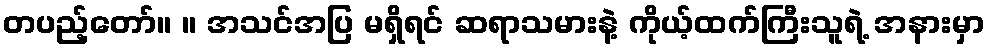
တပည့်တော်။ ။ အသင်အပြ မရှိရင် ဆရာသမားနဲ့ ကိုယ့်ထက်ကြီးသူရဲ့ အနားမှာ